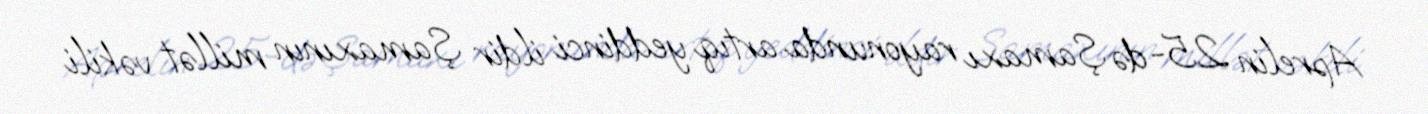
Aprelin 25-də Şamaxı rayonunda artıq yeddinci ildir Şamaxının millət vəkili